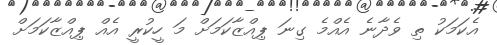
އެކަމަކު ތި ވެދާނެ އެއްމެ ގިނަ ޕިއްޒާކަމަށް މަ ހީކުރީ އެއް ޕިއްޒާކަމަށް